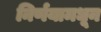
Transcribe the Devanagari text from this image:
निर्णयामधून